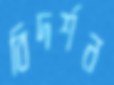
বিদর্শন